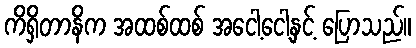
ကိရှိတာနိက အထစ်ထစ် အငေါ့ငေါ့နှင့် ပြောသည်။